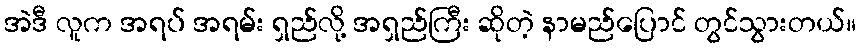
အဲဒီ လူက အရပ် အရမ်း ရှည်လို့ အရှည်ကြီး ဆိုတဲ့ နာမည်ပြောင် တွင်သွားတယ်။